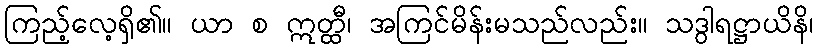
ကြည့်လေ့ရှိ၏။ ယာ စ ဣတ္ထီ၊ အကြင်မိန်းမသည်လည်း။ သဒွါရဋ္ဌာယိနိ၊